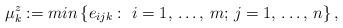
LaTeX: \begin{align*}\mu_{k}^{z}:=min\left\{ e_{ijk}: \thinspace \thinspace i=1,\thinspace \mathellipsis ,\thinspace m;\thinspace j=1,\thinspace \mathellipsis ,\thinspace n \right\}, \end{align*}